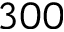
3 0 0